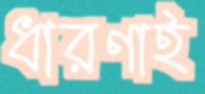
ধারণাই